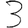
Digit: 3